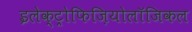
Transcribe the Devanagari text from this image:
इलेक्ट्रोफिज़ियोलॉजिकल